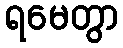
ရမေတွာ